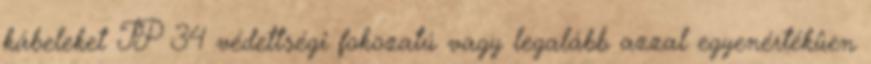
kábeleket IP 34 védettségi fokozatú vagy legalább azzal egyenértékûen